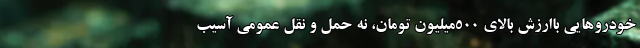
خودرو‌هایی باارزش بالای ۵٠٠میلیون تومان، نه حمل و نقل عمومی آسیب